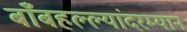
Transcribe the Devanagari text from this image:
बाँबहल्ल्यांदरम्यान